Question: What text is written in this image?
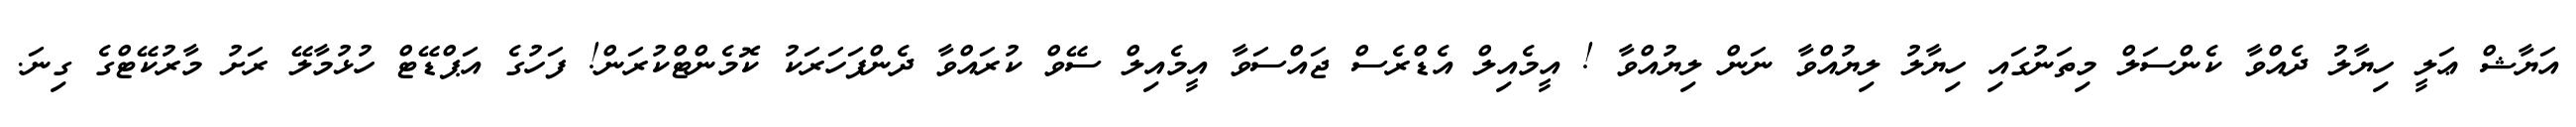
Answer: އަޔާޝް ޢަލީ ހިޔާލު ދެއްވާ ކެންސަލް މިތަނުގައި ހިޔާލު ލިޔުއްވާ ނަން ލިޔުއްވާ ! އީމެއިލް އެޑްރެސް ޖައްސަވާ އީމެއިލް ސޭވް ކުރައްވާ ދެންފަހަރަކު ކޮމެންޓްކުރަން! ފަހުގެ އަޕްޑޭޓް ހުޅުމާލޭ ރަށު މާރުކޭޓްގެ ގިނަ.